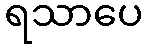
ရသာပေ